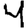
Digit: 4